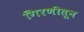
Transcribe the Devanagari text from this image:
गिरणीतून